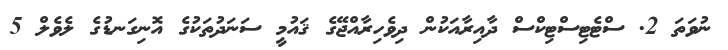
ނުވަތަ 2. ސްޓެޓިސްޓިކްސް ދާއިރާއަކުން ދިވެހިރާއްޖޭގެ ޤައުމީ ސަނަދުތަކުގެ އޮނިގަނޑުގެ ލެވެލް 5